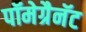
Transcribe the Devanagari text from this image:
पॉमेग्रैनॅट